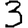
Digit: 3